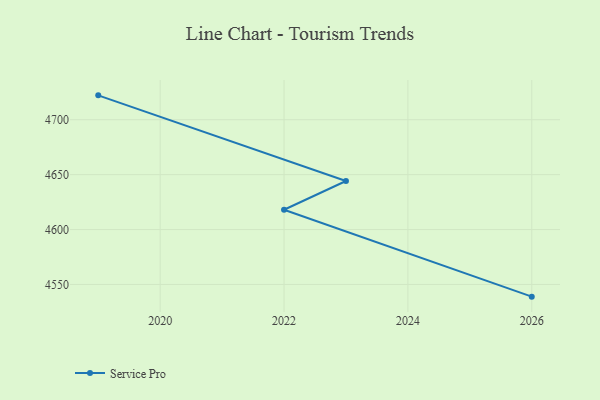
{"axis": {"x": "Year", "y": "Gross Profit (USD K)"}, "legend": ["Service Pro"], "data": [{"x": "2026", "y": 4538.9, "type": "Service Pro"}, {"x": "2022", "y": 4618.0, "type": "Service Pro"}, {"x": "2023", "y": 4644.2, "type": "Service Pro"}, {"x": "2019", "y": 4722.2, "type": "Service Pro"}]}